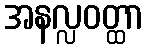
အနလ္လဝတ္ထာ